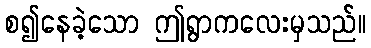
စ၍နေခဲ့သော ဤရွာကလေးမှသည်။